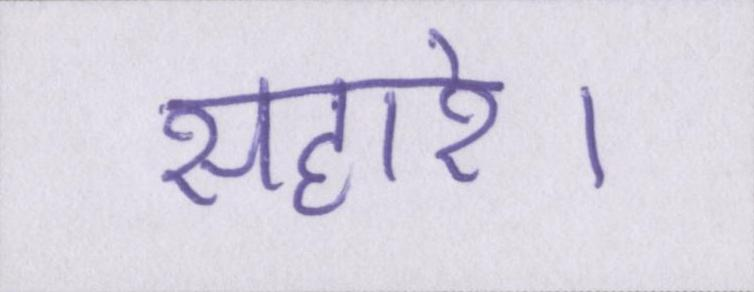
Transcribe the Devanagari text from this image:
सहारे।